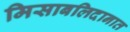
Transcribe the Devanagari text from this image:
मिसाबलिदानात